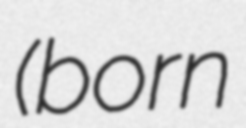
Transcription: (born